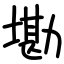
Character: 墈